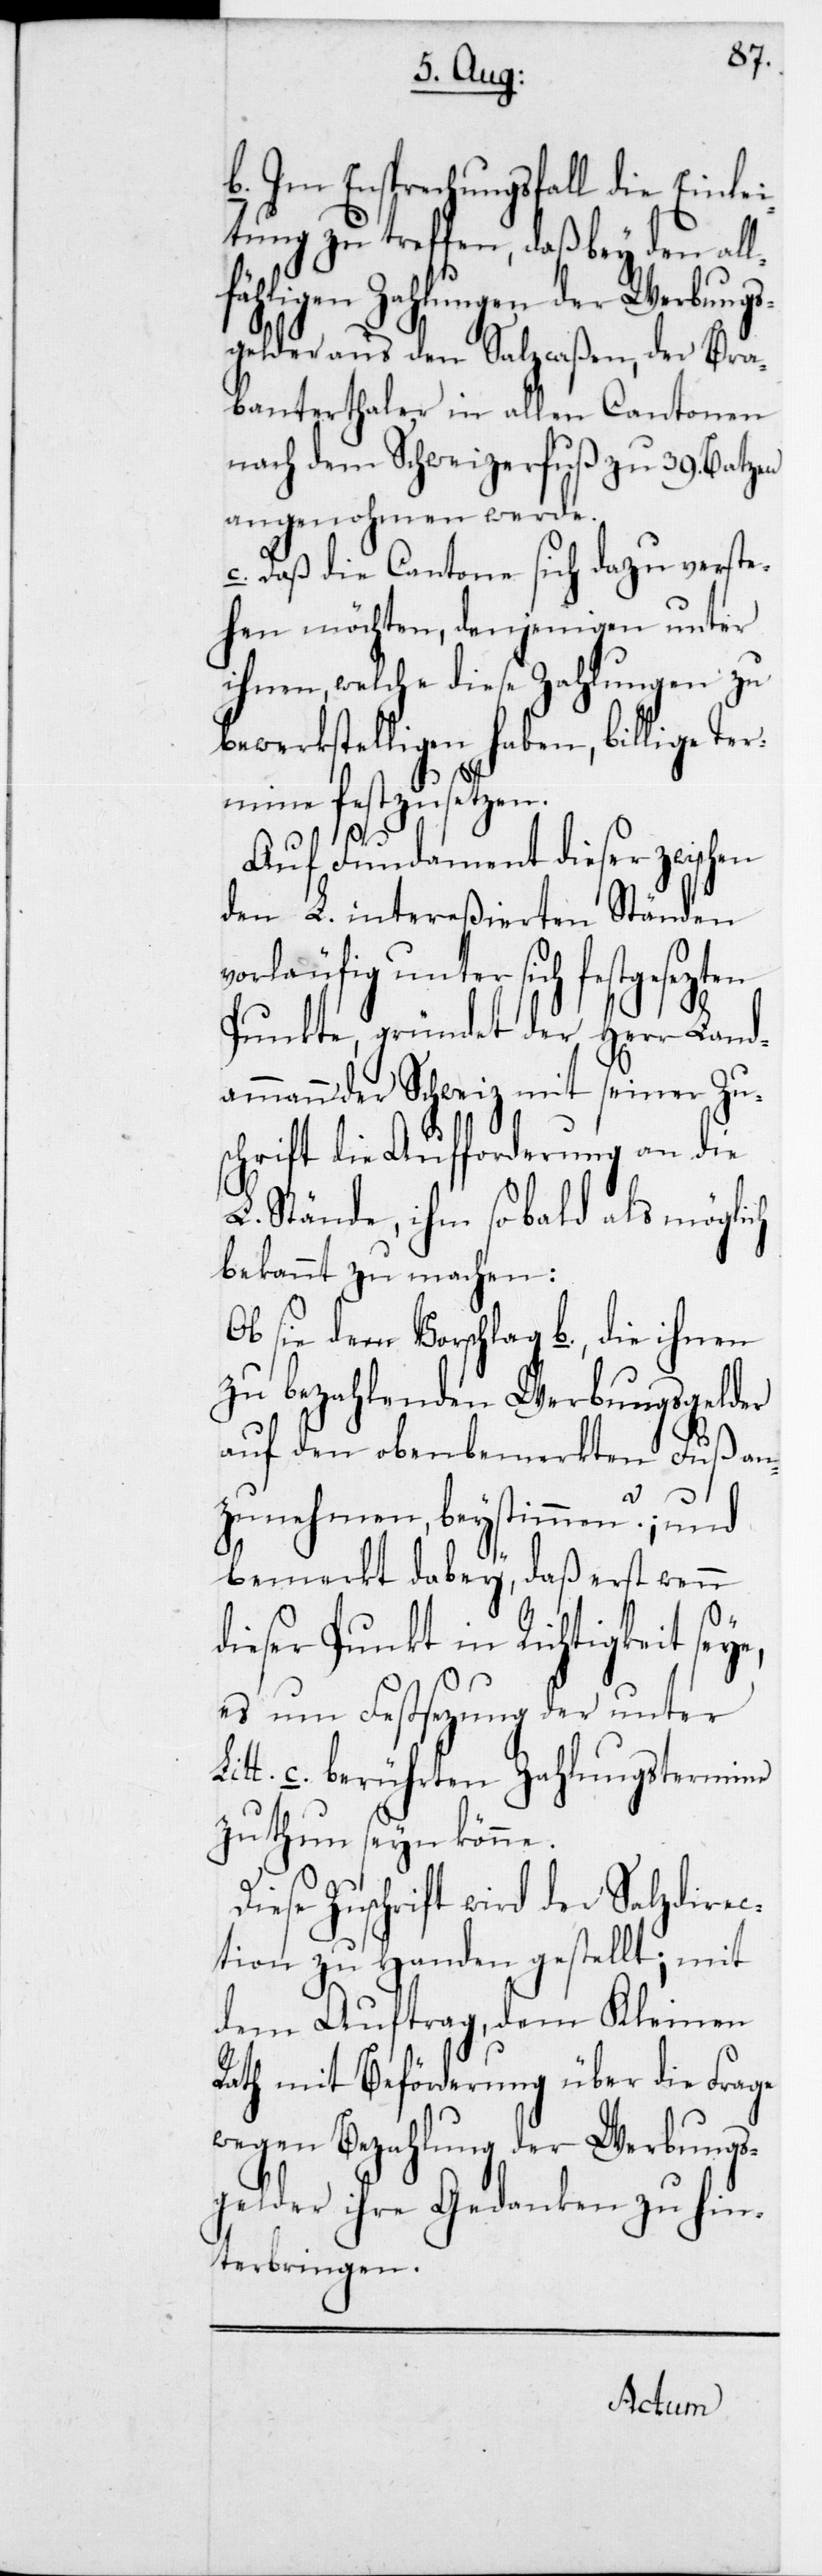
D¬
b. Im Entsprechungsfall die Einl¬
tung zu treffen, daß bey den al¬
fälligen Zahlungen der Werbungs¬
gelder aus den Salzcaßen, der Bra¬
banterthaler in allen Cantonen
nach dem Schweizerfußzu 39 Batzen
angenohmen werde.
c. daß die Cantone sich dazu verste¬
hen möchten, denjenigen unter
ihnen, welche diese Zahlungen zu
ge Ter¬
bewerkstelligen haben, bil¬
mine festzusetzen.
Auf Fundament dieser zwischen
den intereßierten L. Ständen
unter sich festgesezten
Punkte, gründet der Herr Land¬
ammann der Schweiz mit seiner Zu¬
schrift die Aufforderung an die
L. Stände, ihm sobald als mögli¬
bekannt zu machen:
Ob sie dem Vorschlag b., die ihnen
zu bezahlenden Werbungsgelder
auf den obenbemerkten Fuß a¬
nzunehmen beystimmen?; und
bemerkt dabey, daß erst wenn
dieser Punkt in Richtigkeit sey¬
es um Festsezung der unter
itt. c. berührten Zahlungstermine
zu thun seyn könne.
iese Zuschrift wird der Salzdirec¬
tion zu Handen gestellt; mit
dem Auftrag, dem Kleinen
Rath mit Beförderung über diese
wegen Bezahlung der Werbungs¬
gelder ihre Gedanken zu hin¬
terbringen.